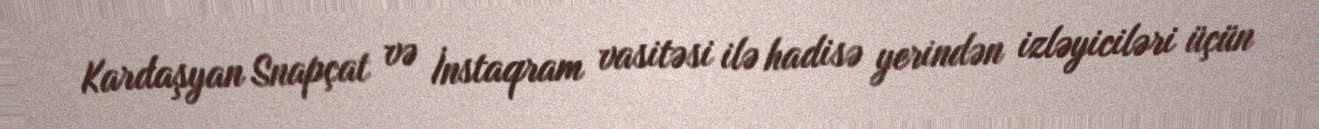
Kardaşyan Snapçat və İnstaqram vasitəsi ilə hadisə yerindən izləyiciləri üçün